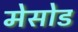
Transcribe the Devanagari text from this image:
मेसोड